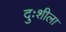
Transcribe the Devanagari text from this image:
दुःशीला